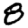
Digit: 8